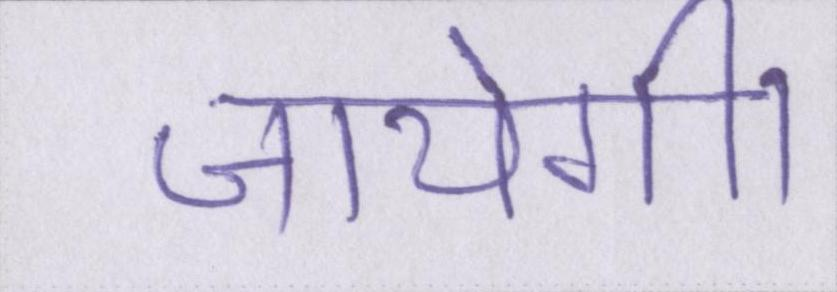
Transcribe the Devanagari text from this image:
जायेगी।